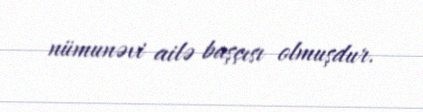
nümunəvi ailə başçısı olmuşdur.